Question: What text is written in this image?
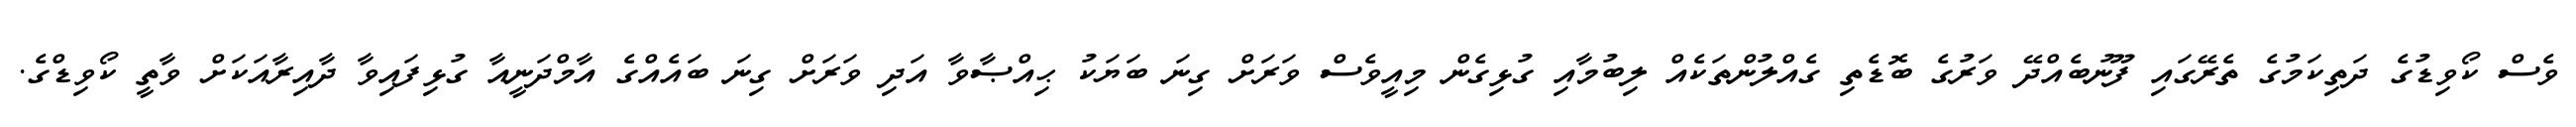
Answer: ވެސް ކޯވިޑުގެ ދަތިކަމުގެ ތެރޭގައި ފޫނުބެއްދޭ ވަރުގެ ބޮޑެތި ގެއްލުންތަކެއް ލިބުމާއި ގުޅިގެން މިއީވެސް ވަރަށް ގިނަ ބަޔަކު ޙިއްޞާވާ އަދި ވަރަށް ގިނަ ބައެއްގެ އާމްދަނީއާ ގުޅިފައިވާ ދާއިރާއަކަށް ވާތީ ކޯވިޑްގެ.